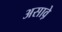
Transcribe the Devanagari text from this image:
असाव़े